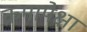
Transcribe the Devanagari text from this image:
क्रमापेक्षा